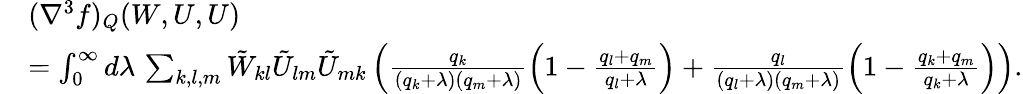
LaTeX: \begin{array}{rl}&{(\nabla^{3}f)_{Q}(W,U,U)}\\ &{=\int_{0}^{\infty}d\lambda\, \sum_{k,l,m}\tilde{W}_{kl}\tilde{U}_{lm}\tilde{U}_{mk}\left(\frac{q_{k}}{(q_{k}+\lambda)(q_{m}+\lambda)}\left(1-\frac{q_{l}+q_{m}}{q_{l}+\lambda}\right)+\frac{q_{l}}{(q_{l}+\lambda)(q_{m}+\lambda)}\left(1-\frac{q_{k}+q_{m}}{q_{k}+\lambda}\right)\right).}\end{array}